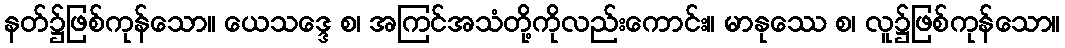
နတ်၌ဖြစ်ကုန်သော။ ယေသဒ္ဒေ စ၊ အကြင်အသံတို့ကိုလည်းကောင်း။ မာနုဿေ စ၊ လူ၌ဖြစ်ကုန်သော။